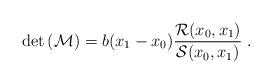
LaTeX: \begin{align*}\mathrm{det} \left( \mathcal{M} \right) = b(x_1 - x_0) \frac{\mathcal{R}(x_0,x_1)}{\mathcal{S}(x_0,x_1)} \; .\end{align*}